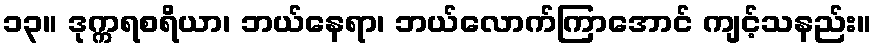
၁၃။ ဒုက္ကရစရိယာ၊ ဘယ်နေရာ၊ ဘယ်လောက်ကြာအောင် ကျင့်သနည်း။